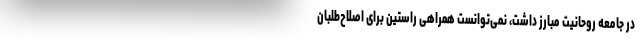
در جامعه روحانیت مبارز داشت، نمی‌توانست همراهی راستین برای اصلاح‌طلبان